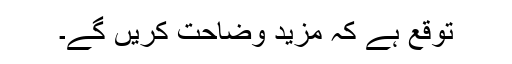
توقع ہے کہ مزید وضاحت کریں گے۔